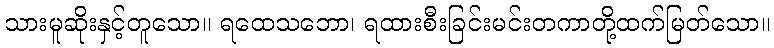
သားမူဆိုးနှင့်တူသော။ ရထေသဘော၊ ရထားစီးခြင်းမင်းတကာတို့ထက်မြတ်သော။